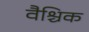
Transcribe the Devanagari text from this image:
वैश्चिक